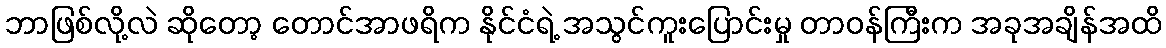
ဘာဖြစ်လို့လဲ ဆိုတော့ တောင်အာဖရိက နိုင်ငံရဲ့ အသွင်ကူးပြောင်းမှု တာဝန်ကြီးက အခုအချိန်အထိ